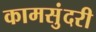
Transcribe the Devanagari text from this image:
कामसुंदरी